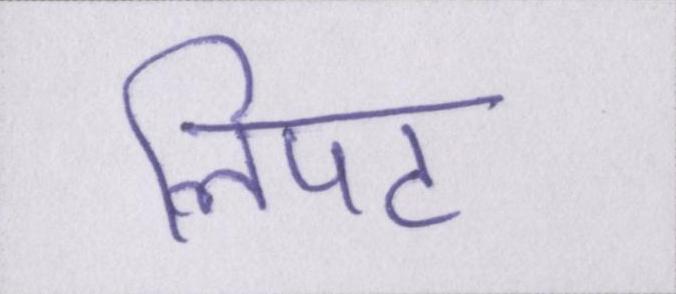
लिपट